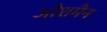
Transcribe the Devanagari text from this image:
ओशमैन